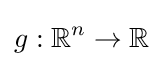
g:\mathbb {R} ^{n}\rightarrow \mathbb {R}